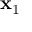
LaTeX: \mathbf { x } _ { 1 }